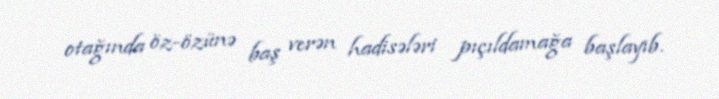
otağında öz-özünə baş verən hadisələri pıçıldamağa başlayıb.